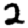
Digit: 2